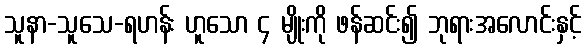
သူနာ-သူသေ-ရဟန်း ဟူသော ၄ မျိုးကို ဖန်ဆင်း၍ ဘုရားအလောင်းနှင့်